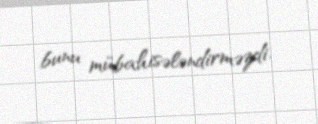
bunu mübahisələndirməzdi.